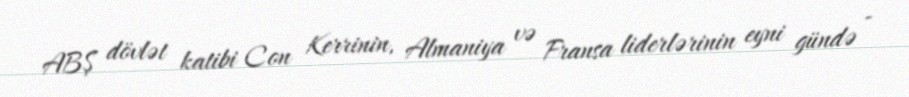
ABŞ dövlət katibi Con Kerrinin, Almaniya və Fransa liderlərinin eyni gündə -